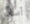
آسف